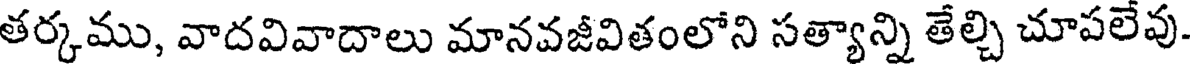
తర్కము, వాదవివాదాలు మానవజీవితంలోని సత్యాన్ని తేల్చి చూపలేవు